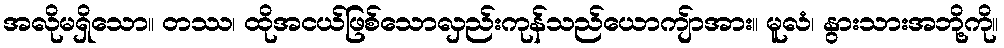
အလိုမရှိသော။ တဿ၊ ထိုအငယ်ဖြစ်သောလှည်းကုန်သည်ယောကျ်ာအား။ မူလံ၊ နွားသားအဘို့ကို။